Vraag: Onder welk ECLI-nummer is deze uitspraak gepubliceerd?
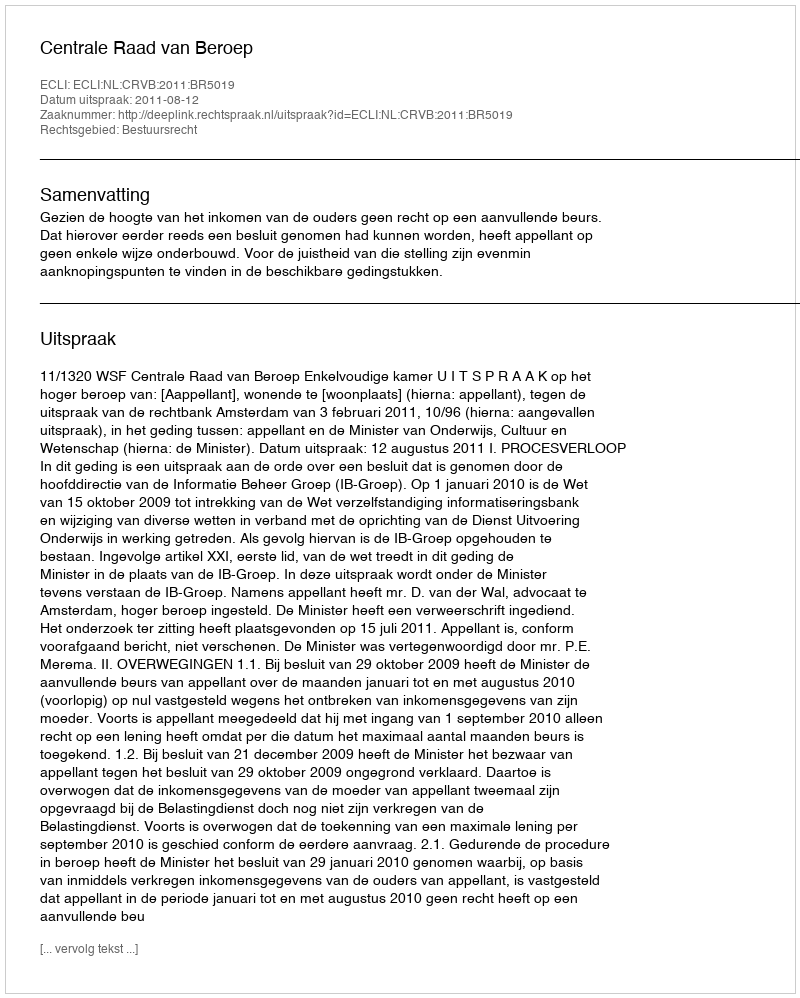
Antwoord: ECLI:NL:CRVB:2011:BR5019